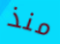
منذ